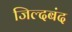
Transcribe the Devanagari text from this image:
जिल्दबंद